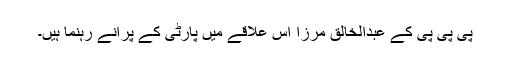
پی پی پی کے عبدالخالق مرزا اس علاقے میں پارٹی کے پرانے رہنما ہیں۔